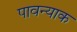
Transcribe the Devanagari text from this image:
पावन्याक